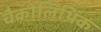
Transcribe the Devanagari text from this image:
चैकोलिथिक